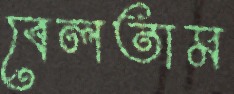
বেলতাম